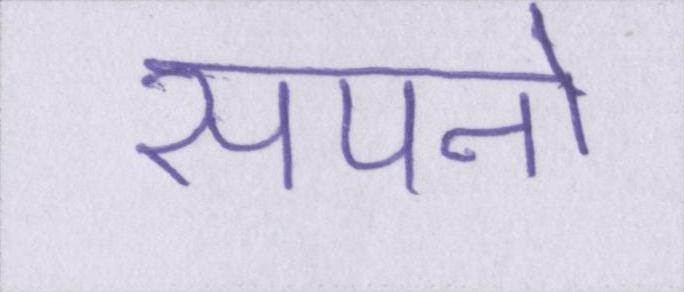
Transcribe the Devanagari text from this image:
सपनो